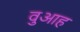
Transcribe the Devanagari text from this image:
वुआह